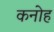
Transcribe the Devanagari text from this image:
कनोह